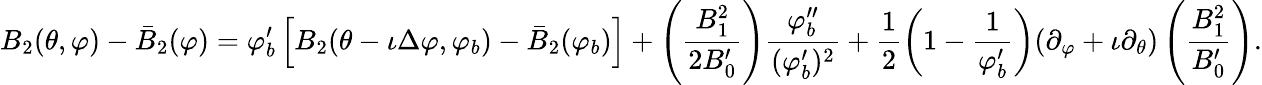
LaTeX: B_{2}(\theta,\varphi)-\bar{B}_{2}(\varphi)=\varphi_{b}^{\prime}\left[B_{2}(\theta-\iota\Delta\varphi,\varphi_{b})-\bar{B}_{2}(\varphi_{b})\right]+\left(\frac{B_{1}^{2}}{2B_{0}^{\prime}}\right)\frac{\varphi_{b}^{\prime\prime}}{(\varphi_{b}^{\prime})^{2}}+\frac{1}{2}\left(1-\frac{1}{\varphi_{b}^{\prime}}\right)(\partial_{\varphi}+\iota\partial_{\theta})\left(\frac{B_{1}^{2}}{B_{0}^{\prime}}\right).